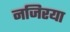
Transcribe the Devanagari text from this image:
नजिरया